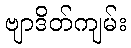
ဗျာဒိတ်ကျမ်း